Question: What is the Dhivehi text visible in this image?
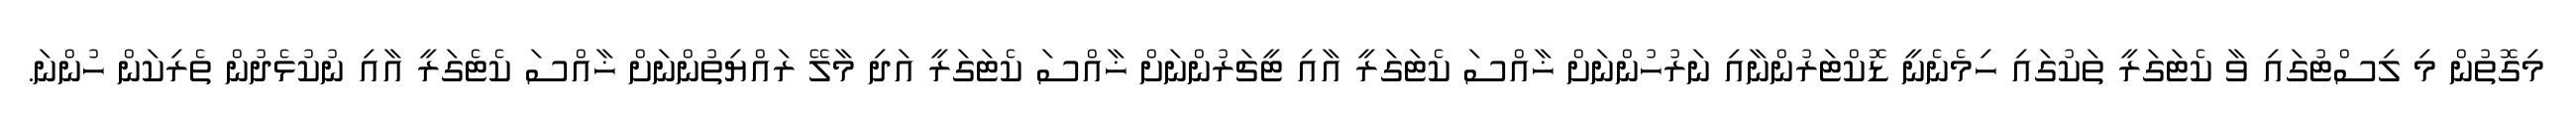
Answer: މިގޮތުން މި ލިސްޓުގައި ވާ ކެޓަގަރީ ތަކުގައި ހިމެނެނީ ޑޮކްޓަރުންނާއި ނަރުހުންނަށް ޚާއްސަ ކެޓަގަރީ އާއި ޓީޗަރުންނަށް ޚާއްސަ ކެޓަގަރީ އަދި މާލޭ ރައްޔިތުންނަށް ޚާއްސަ ކެޓެގަރީ އާއި ނުކުޅެދުން ތެރިކަން ހުންނަ.